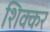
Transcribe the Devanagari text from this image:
शिक्कर